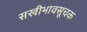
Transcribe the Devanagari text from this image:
सखीभावसूचक